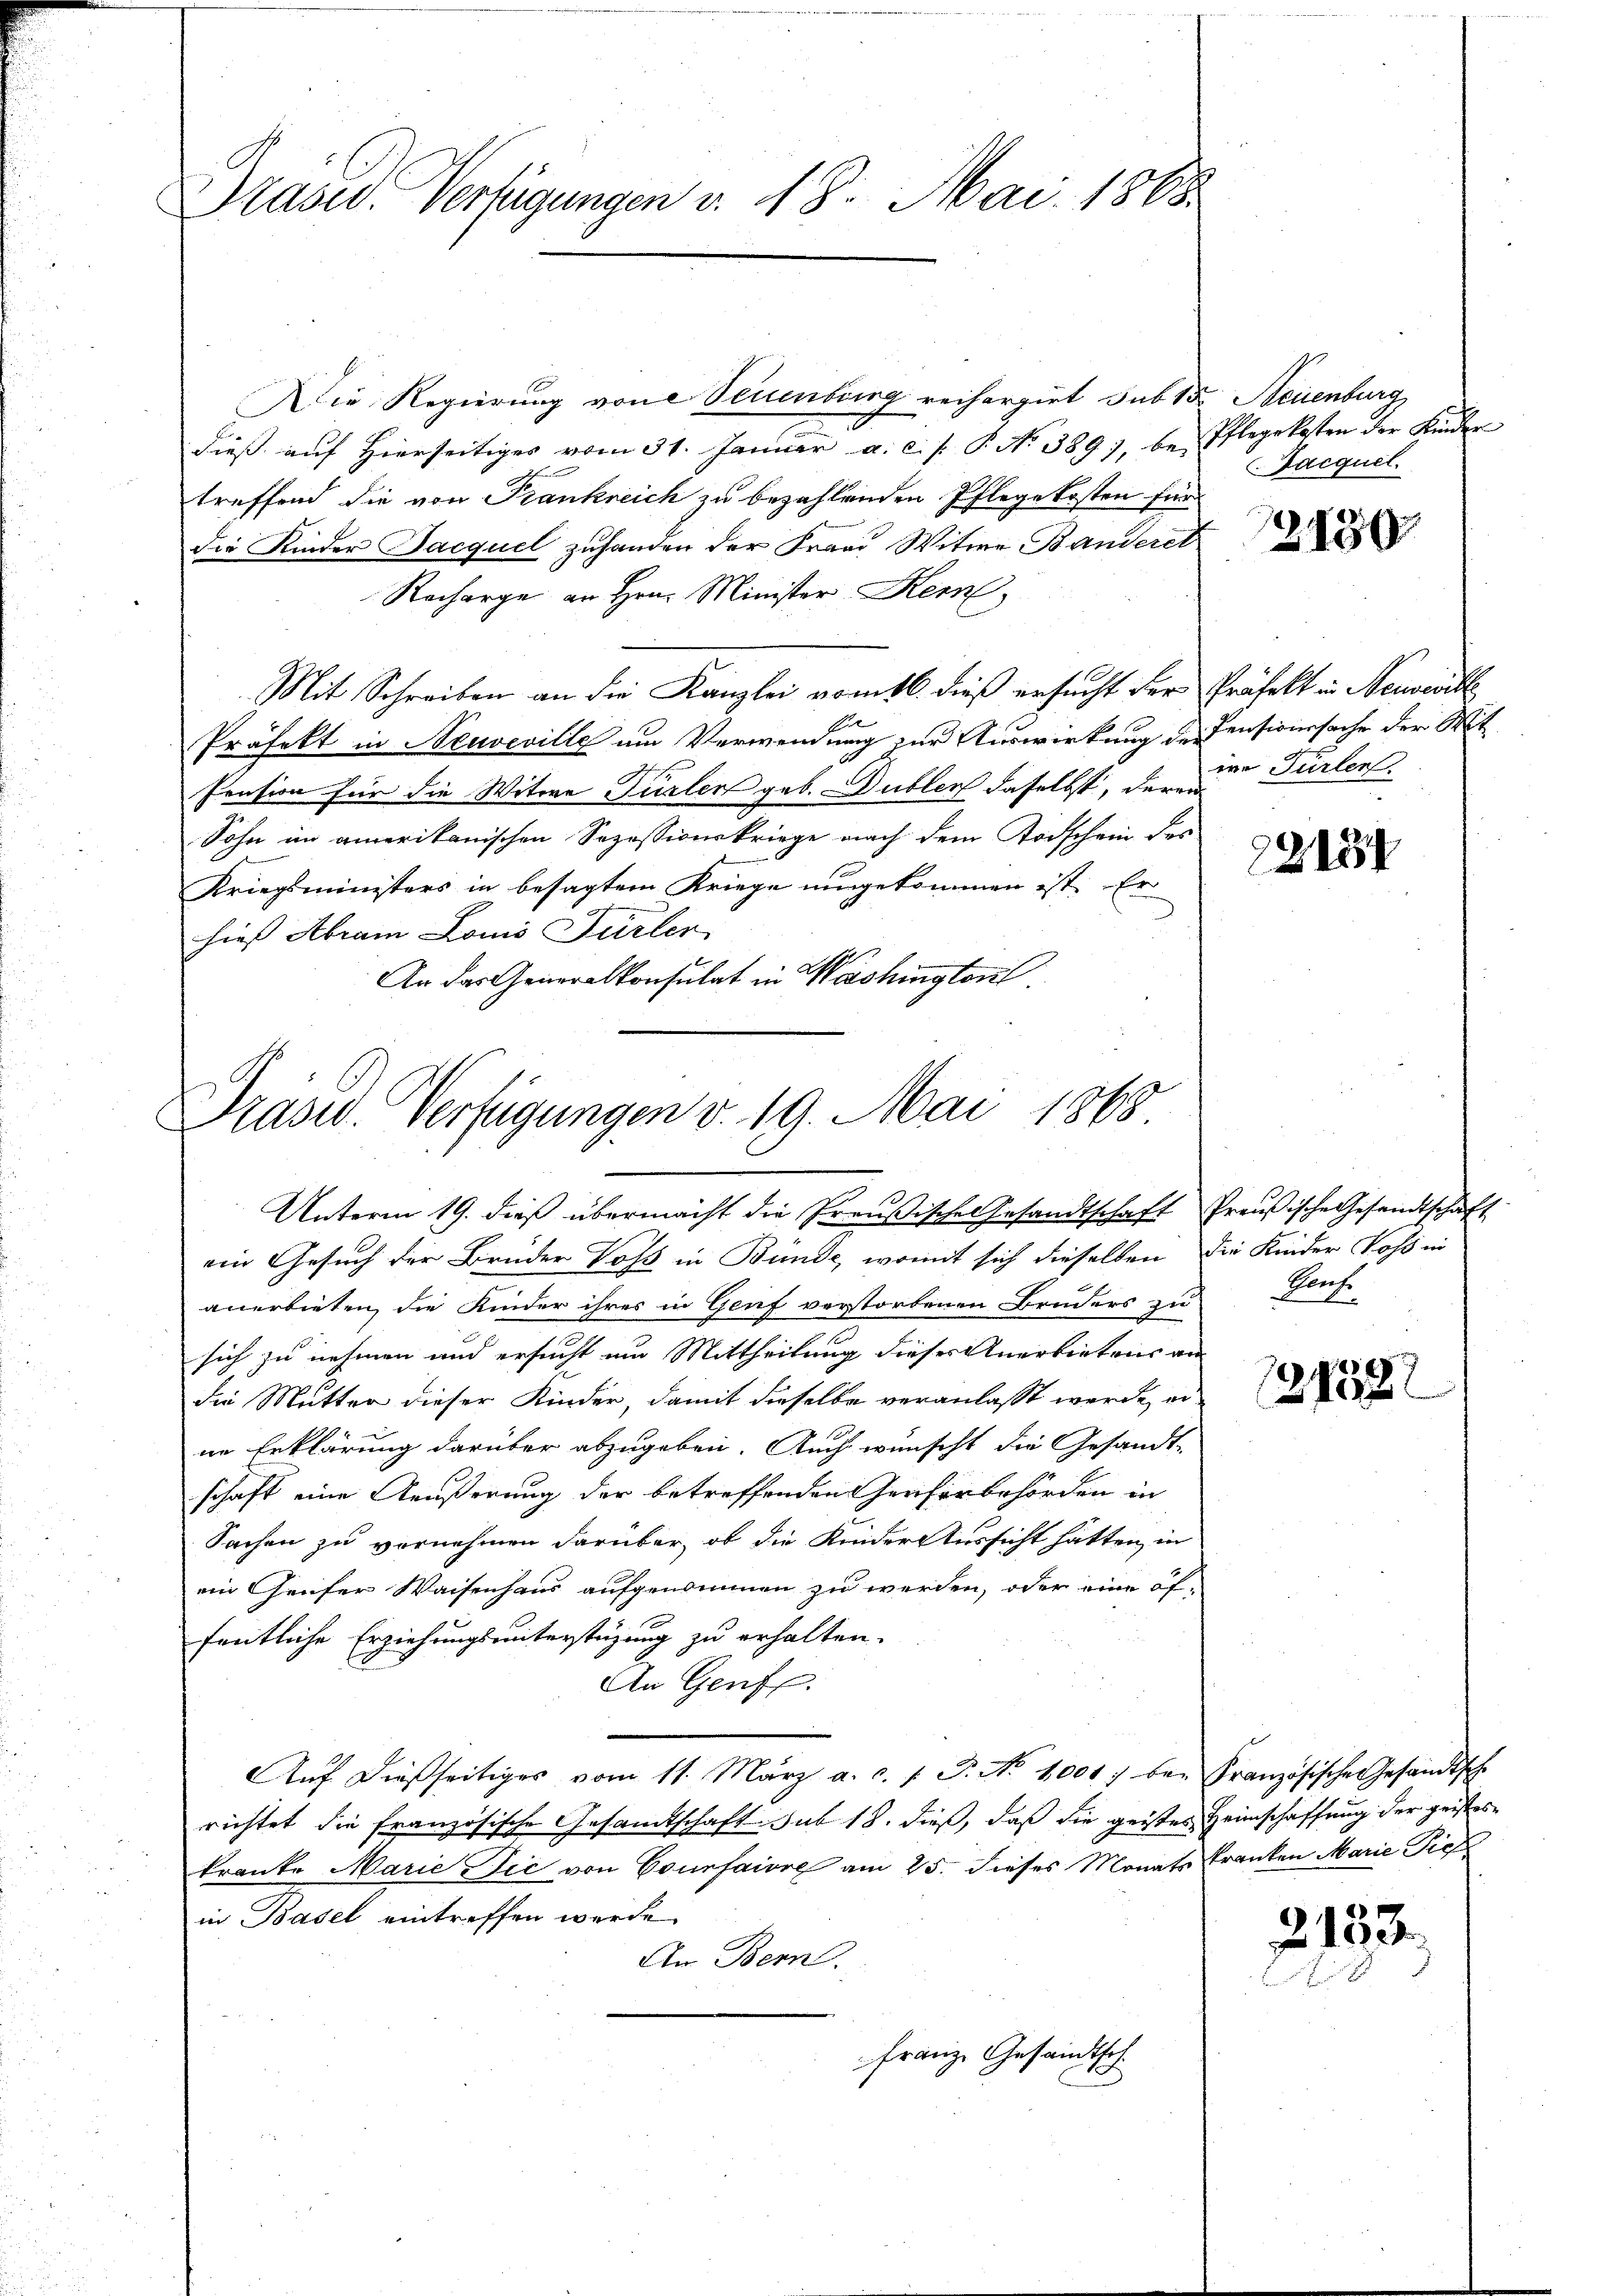
Präses Verfügungen v. 18. Mai 1865

Die Regierung von Neuenburg reihergirt sub 15. Neuenburg
n
dieβ aŭf hierseitiges vom 31. Januar a. c. s. P. No 389), bei Pflegekosten der Kinder
treffend die von Frankreich zu bezahlenden Pflegekosten für
die Kinder Jacquel zuhanden der Fraad Witwe Banderet
Recharge an Hrn. Minister Kem
Mit Schreiben an die Kanzlei vom 16. dieß ersucht der Präfekt in Neuenb
Präfekt in Neuveville um Verwendung zur Auswirkung des Pensionssache der Mit¬
Pension für die Witwe Türler geb. Dublen daselbst, der und Fürler
Sohn im amerikanischen Sepassionskriege nach dem Todschein des
Kriegsministers in besagtem Kriege umgekommen ist. Er
hieß Abram Louis Fürler
An das Generalkonsulat in Washington

Prasw. Verfügungen v. 19. Mai 1868
Unterm 19. dieβ übermacht die Preußisches Gesandtschaft Preußische Gesandtschaft

ein Gesuch der Bruder Voss in Bunde, womit sich dieselben die Kinder Voss in
anerbieten, die Kinder ihres in Genf verstorbenen Bruders zu
sich zu nehmen und ersucht am Mittheilung dieser Anerbietens an
die Mutter dieser Kinder, damit dieselbe veranlasst werde, er
ne Erklärung darüber abzugeben. Auch wünscht die Gesandt-
schaft eine Aeußerung der betreffenden Genfer behörden in
Sachen zu vornehmen darüber, ob die Kinder Aussicht hatten in
ein Genfer Waisenhaus aufgenommen zu werden, oder eine öf-
fentliche Erziehungsunterstüzung zu erhalten.
An Genf.
Aŭf dießseitiges vom 11. März a. c. l. J. No. 1001. bei Französische Gesandtsche
richtet die französische Gesamtschaft sub 18. dieß, daß die geistes Heimschaffung der geistes
kranke Marie Die von Counfaire am 25. dieses Monats Tranken Marie Tief
in Basel eintreffen werde.
An Bern.
Franz Gesandtsch

Sacquel

2430

22154

Porf.

121387

3183.